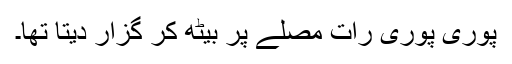
پوری پوری رات مصلے پر بیٹھ کر گزار دیتا تھا۔